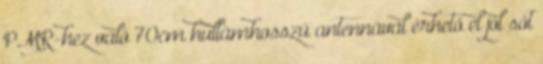
PMR-hez való 70cm hullámhosszú antennával érhető el jól sőt